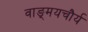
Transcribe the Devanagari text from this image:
वाङ्‌मयचौर्य